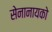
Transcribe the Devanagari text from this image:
सेनानायको